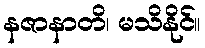
နဇာနာတိ၊ မသိနိုင်။